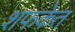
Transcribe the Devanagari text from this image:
शफकेत